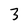
Character: 3